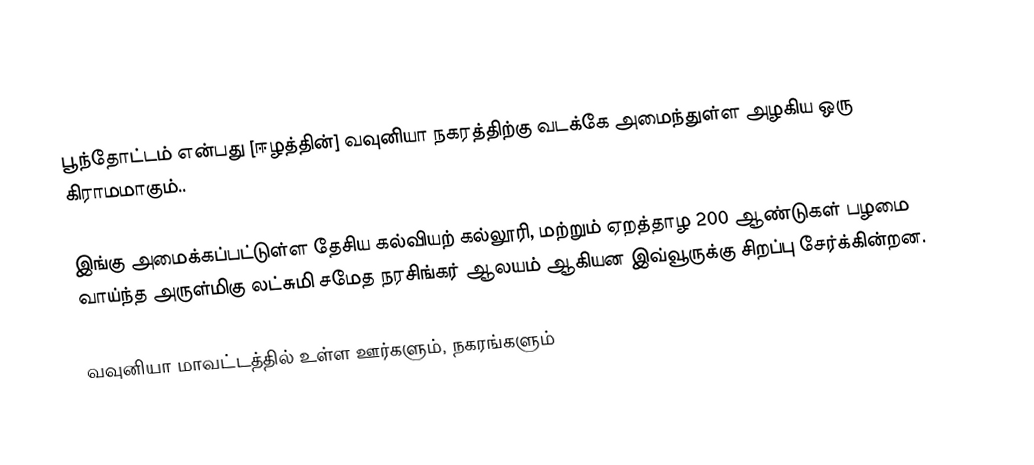
பூந்தோட்டம் என்பது [ஈழத்தின்] வவுனியா நகரத்திற்கு வடக்கே அமைந்துள்ள அழகிய ஒரு கிராமமாகும்..

இங்கு அமைக்கப்பட்டுள்ள தேசிய கல்வியற் கல்லூரி, மற்றும் ஏறத்தாழ 200 ஆண்டுகள் பழமை வாய்ந்த அருள்மிகு லட்சுமி சமேத நரசிங்கர் ஆலயம் ஆகியன இவ்வூருக்கு சிறப்பு சேர்க்கின்றன.

வவுனியா மாவட்டத்தில் உள்ள ஊர்களும், நகரங்களும்